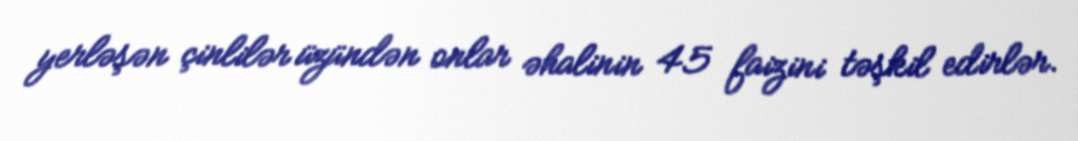
yerləşən çinlilər üzündən onlar əhalinin 45 faizini təşkil edirlər.